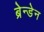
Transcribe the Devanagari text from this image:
ब्रेन्डेन